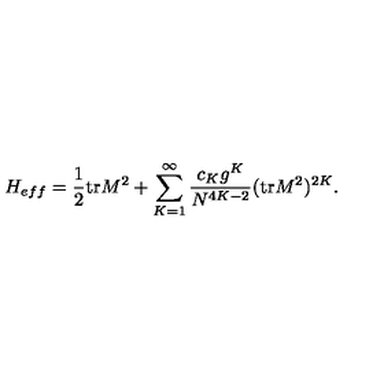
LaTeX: H _ { e f f } = \frac { 1 } { 2 } \mathrm { t r } M ^ { 2 } + \sum _ { K = 1 } ^ { \infty } \frac { c _ { K } g ^ { K } } { N ^ { 4 K - 2 } } ( \mathrm { t r } M ^ { 2 } ) ^ { 2 K } .